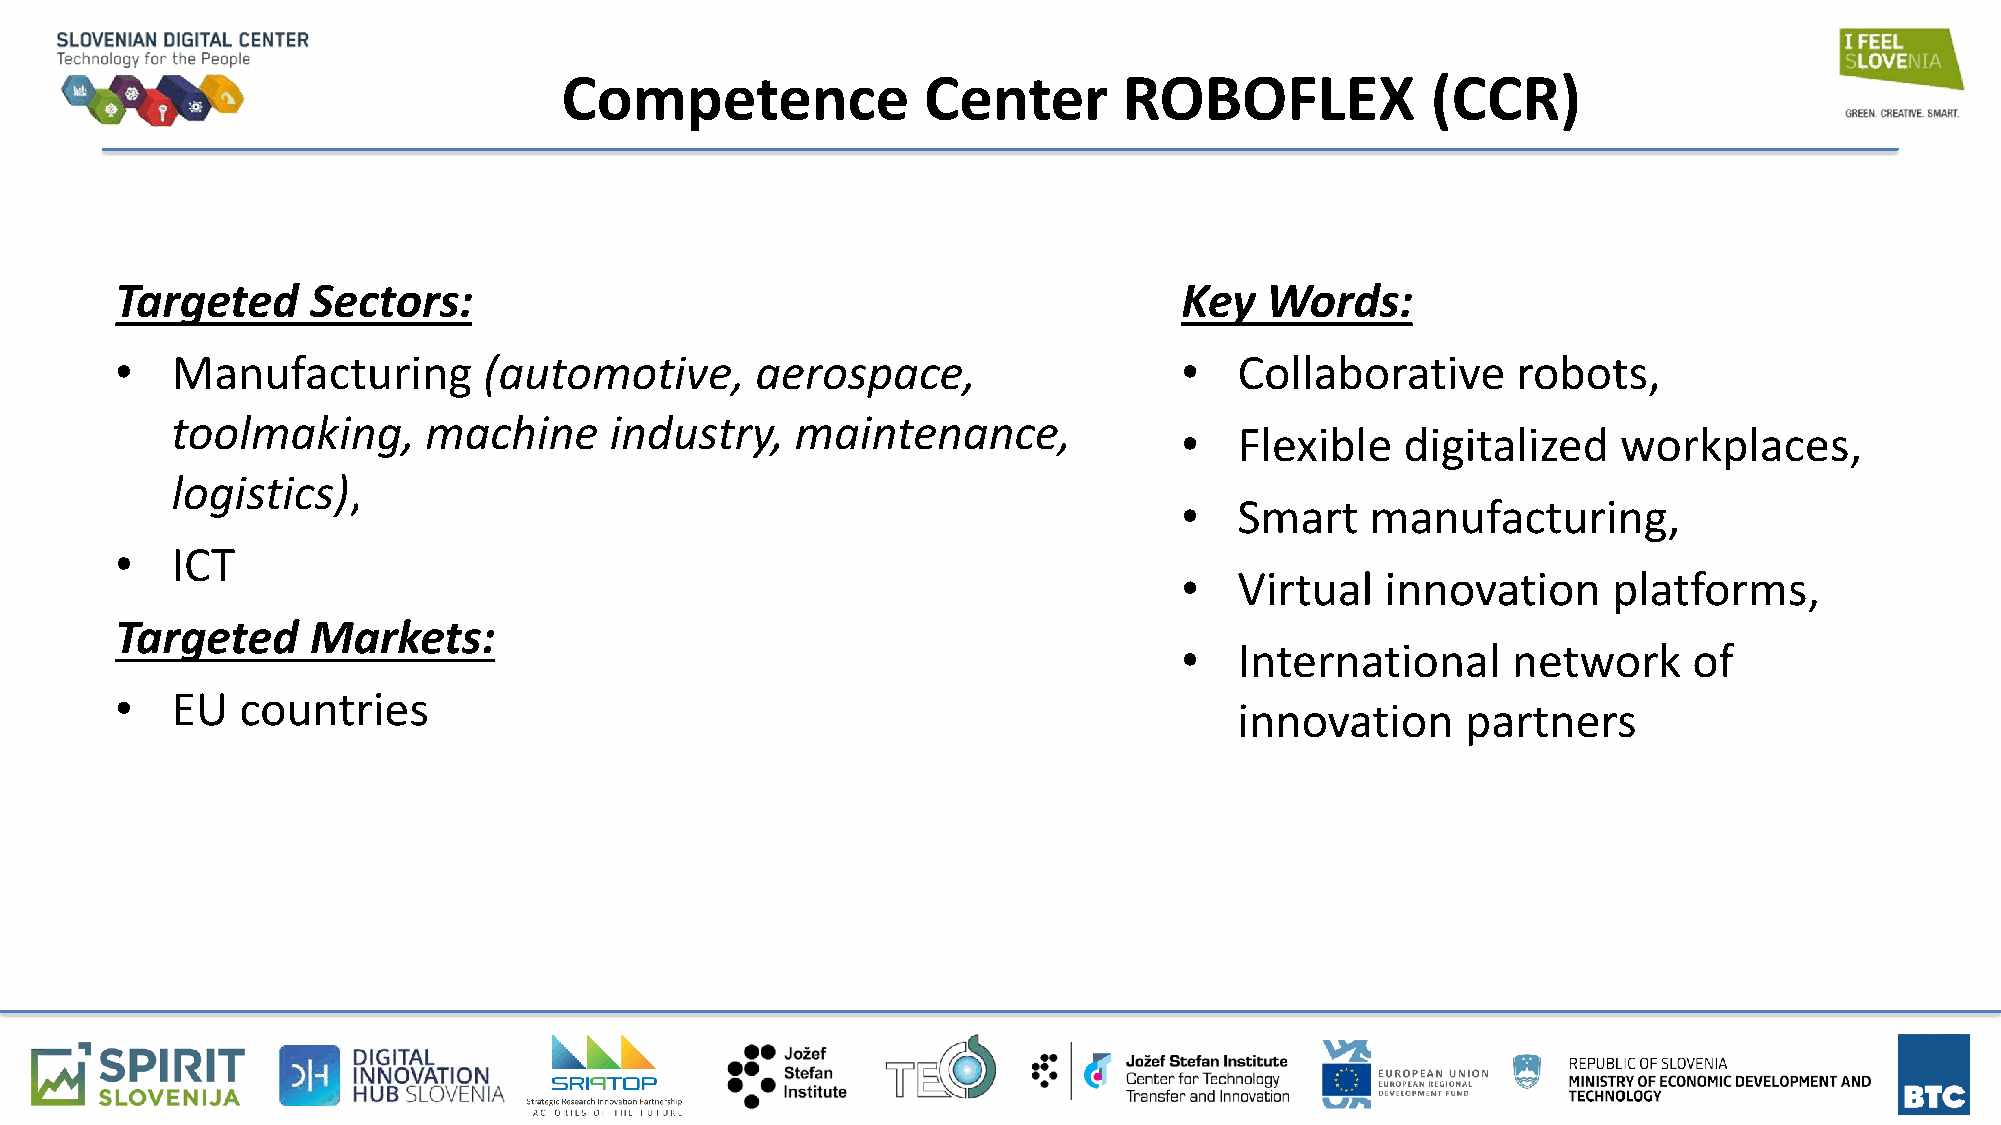
Competence              Center       ROBOFLEX             (CCR)
 Targeted     Sectors:                                                 Key   Words:
 •  Manufacturing        (automotive,      aerospace,                  •   Collaborative     robots,
 toolmaking,      machine     industry,    maintenance,
 •   Flexible   digitalized   workplaces,
 logistics),
 •   Smart    manufacturing,
 •  ICT
 •   Virtual   innovation     platforms,
 Targeted     Markets:
 •   International     network     of
 •  EU   countries
 innovation     partners